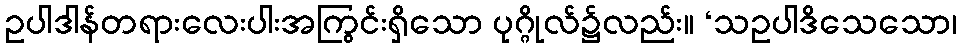
ဥပါဒါန်တရားလေးပါးအကြွင်းရှိသော ပုဂ္ဂိုလ်၌လည်း။ ‘သဥပါဒိသေသော၊